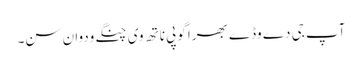
آپ جی دے وڈے بھرا گوپی ناتھ وی چنگے ودوان سن۔